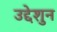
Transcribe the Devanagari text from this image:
उद्देशुन